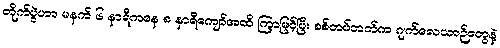
တိုက်ပွဲဟာ မနက် ၆ နာရီကနေ ၈ နာရီကျော်အထိ ကြာမြင့်ပြီး စစ်တပ်ဘက်က ဂျက်လေယာဉ်တွေနဲ့